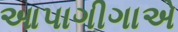
આપાગીગાએ